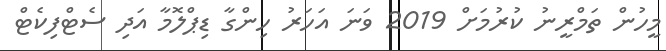
މީހުން ތަމްރީނު ކުރުމަށް 2019 ވަނަ އަހަރު ހިންގާ ޑިޕްލޮމާ އަދި ސެޓްފިކެޓް